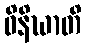
ဝိနိဃာတိ